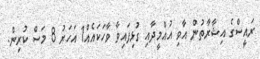
ރައީސްގެ އިޝާރާތުން އާވި އުއްމީދާއި ގުޅިފައިވާ ވާހަކައެއް1 އަހަރު 8 މަސް ކުރިން.